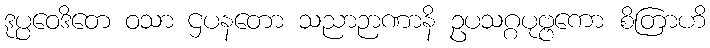
ဒုပ္ပဝေဒိတေ ဝသာ ဌပနတော သညာဉာဏာနိ ဥပသဂ္ဂပုဗ္ဗကော စိတြာဟိ